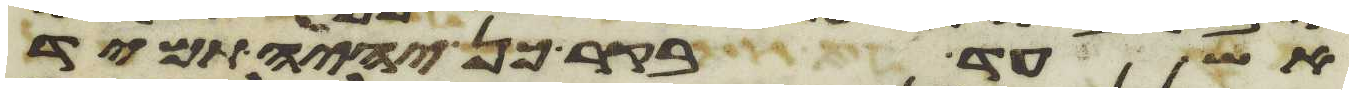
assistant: אש עד בקר כן יהיה תמיד